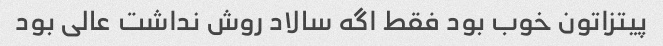
پیتزاتون خوب بود فقط اگه سالاد روش نداشت عالی بود